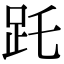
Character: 𧿌